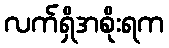
လက်ရှိအစိုးရက